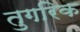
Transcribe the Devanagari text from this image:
तुगरिक